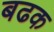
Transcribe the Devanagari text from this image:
बढक